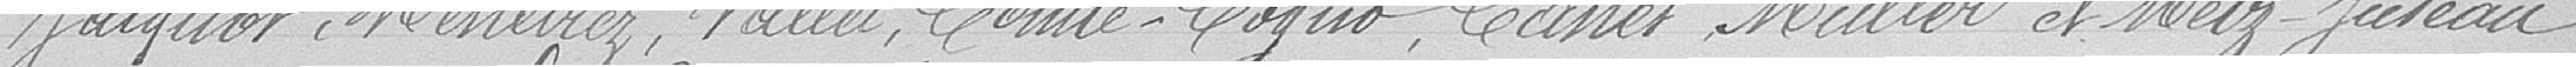
JACQUOT, MENETREY, VALLET, COMTE-COGNO, CANET, MULLER et MERTZ-JUSTEAU